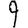
Digit: 9